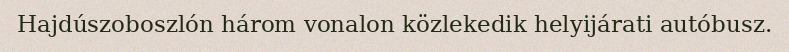
Hajdúszoboszlón három vonalon közlekedik helyijárati autóbusz.